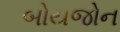
બોયજોન